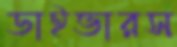
ডাইভারস